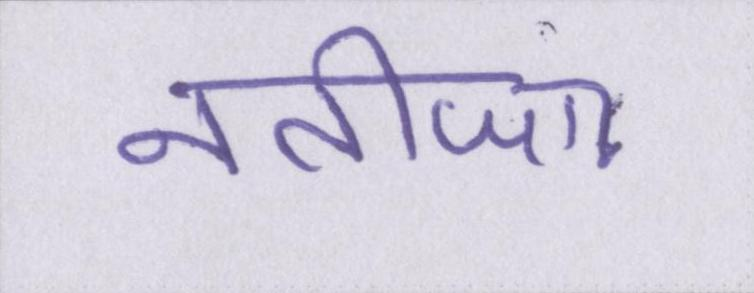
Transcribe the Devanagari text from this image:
नतीजा